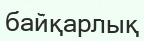
байқарлық